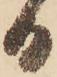
日